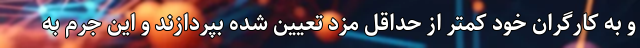
و به کارگران خود کمتر از حداقل مزد تعیین شده بپردازند و این جرم به